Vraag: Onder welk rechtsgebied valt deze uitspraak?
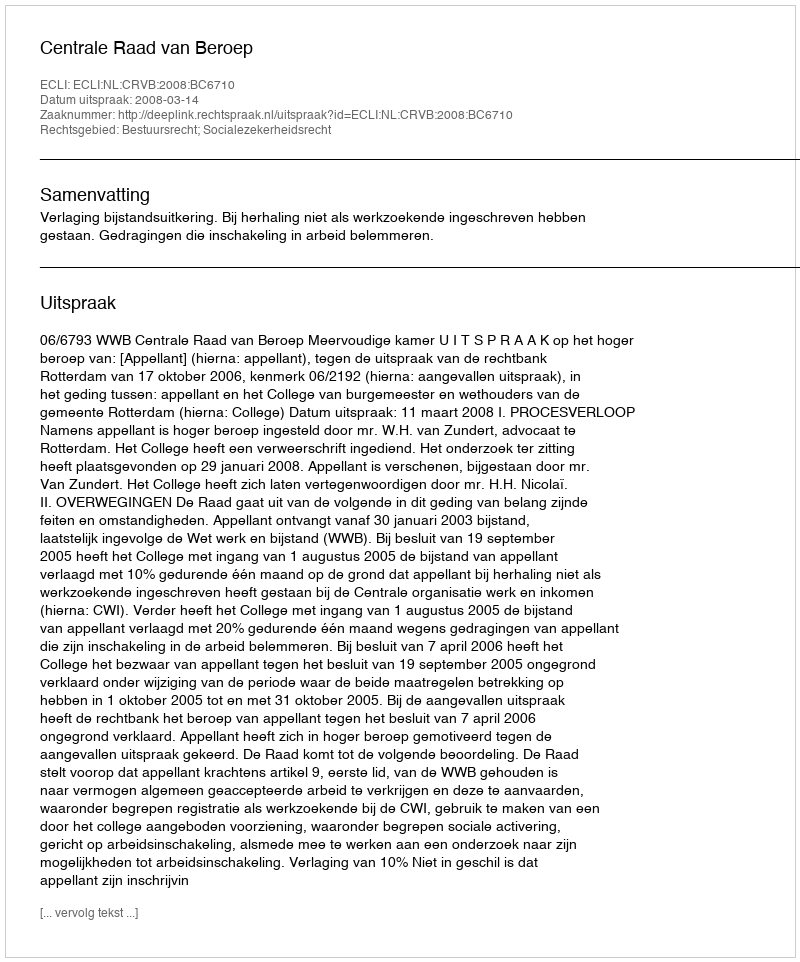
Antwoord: Bestuursrecht; Socialezekerheidsrecht